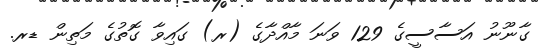
ގާނޫނު އަސާސީގެ 129 ވަނަ މާއްދާގެ (ރ) ގައިވާ ގޮތުގެ މަތިން ޑރ.